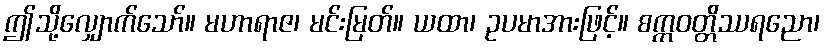
ဤသို့လျှောက်သော်။ မဟာရာဇ၊ မင်းမြတ်။ ယထာ၊ ဥပမာအားဖြင့်။ စက္ကဝတ္တိဿရညော၊